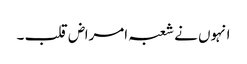
انہوں نے شعبہ امراض قلب ۔